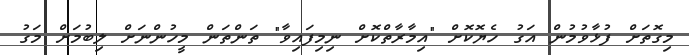
މިގޮތަށް ފުޅާވުމުން އަގު ހެޔޮކޮށް "އިމާރާތްކޮށް ނިމިފައިވާ" ތަންތަން މީހުންނަށް ލިބުމަށް މަގު